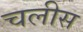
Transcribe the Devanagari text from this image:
चलीस